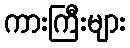
ကားကြီးများ